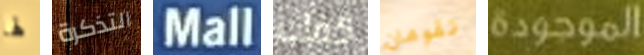
لها التذكرة Mall كفك تقومان الموجودة